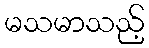
မသမာသည့်